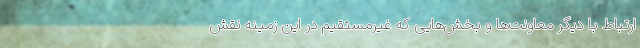
ارتباط با دیگر معاونت‌ها و بخش‌هایی که غیرمستقیم در این زمینه نقش